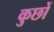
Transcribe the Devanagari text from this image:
कुछों